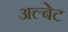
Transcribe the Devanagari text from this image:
अल्बेट